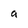
Character: a